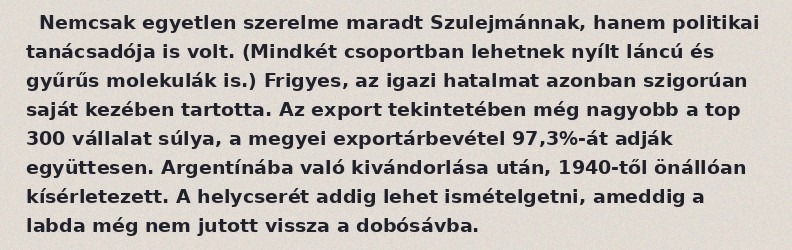
Nemcsak egyetlen szerelme maradt Szulejmánnak, hanem politikai tanácsadója is volt. (Mindkét csoportban lehetnek nyílt láncú és gyűrűs molekulák is.) Frigyes, az igazi hatalmat azonban szigorúan saját kezében tartotta. Az export tekintetében még nagyobb a top 300 vállalat súlya, a megyei exportárbevétel 97,3%-át adják együttesen. Argentínába való kivándorlása után, 1940-től önállóan kísérletezett. A helycserét addig lehet ismételgetni, ameddig a labda még nem jutott vissza a dobósávba.